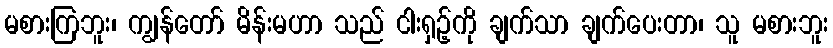
မစားကြဘူး၊ ကျွန်တော် မိန်းမဟာ သည် ငါးရှဉ့်ကို ချက်သာ ချက်ပေးတာ၊ သူ မစားဘူး